Lunatic asylums Punjab 1881-1894 - 1881-1894
Year: 1881
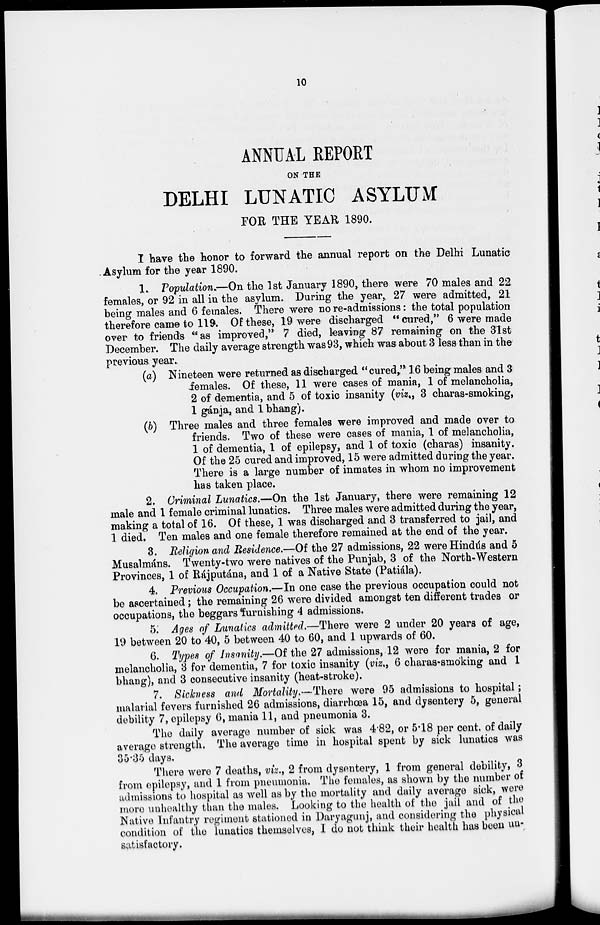
10
ANNUAL REPORT
ON THE
DELHI LUNATIC ASYLUM
FOR THE YEAR 1890.
I have the honor to forward the annual report on the Delhi Lunatic
Asylum for the year 1890.
1. Population.—On the 1st January 1890, there were 70 males and 22
females, or 92 in all in the asylum. During the year, 27 were admitted, 21
being males and 6 females. There were no re-admissions: the total population
therefore came to 119. Of these, 19 were discharged "cured," 6 were made
over to friends "as improved," 7 died, leaving 87 remaining on the 31st
December. The daily average strength was 93, which was about 3 less than in the
previous year.
(a) Nineteen were returned as discharged "cured," 16 being males and 3
females. Of these, 11 were cases of mania, 1 of melancholia,
2 of dementia, and 5 of toxic insanity (viz., 3 charas-smoking,
1 ganja, and 1 bhang).
(b) Three males and three females were improved and made over to
friends. Two of these were cases of mania, 1 of melancholia,
1 of dementia, 1 of epilepsy, and 1 of toxic (charas) insanity.
Of the 25 cured and improved, 15 were admitted during the year.
There is a large number of inmates in whom no improvement
has taken place.
2. Criminal Lunatics.—On the 1st January, there were remaining 12
male and 1 female criminal lunatics. Three males were admitted during the year,
making a total of 16. Of these, 1 was discharged and 3 transferred to jail, and
1 died. Ten males and one female therefore remained at the end of the year.
3. Religion and Residence.—Of the 27 admissions, 22 were Hindús and 5
Musalmáns. Twenty-two were natives of the Punjab, 3 of the North-Western
Provinces, 1 of Rájputána, and 1 of a Native State (Patiála).
4. Previous Occupation.—In one case the previous occupation could not
be ascertained; the remaining 26 were divided amongst ten different trades or
occupations, the beggars furnishing 4 admissions.
5. Ages of Lunatics admitted.—There were 2 under 20 years of age,
19 between 20 to 40, 5 between 40 to 60, and 1 upwards of 60.
6. Types of Insanity.—Of the 27 admissions, 12 were for mania, 2 for
melancholia, 3 for dementia, 7 for toxic insanity (viz., 6 charas-smoking and 1
bhang), and 3 consecutive insanity (heat-stroke).
7. Sickness and Mortality.—There were 95 admissions to hospital;
malarial fevers furnished 26 admissions, diarrhoea 15, and dysentery 5, general
debility 7, epilepsy 6, mania 11, and pneumonia 3.
The daily average number of sick was 4.82, or 5.18 per cent. of daily
average strength. The average time in hospital spent by sick lunatics was
35.35 days.
There were 7 deaths, viz., 2 from dysentery, 1 from general debility, 3
from epilepsy, and 1 from pneumonia. The females, as shown by the number of
admissions to hospital as well as by the mortality and daily average sick, were
more unhealthy than the males. Looking to the health of the jail and of the
Native Infantry regiment stationed in Daryagunj , and considering the physical
condition of the lunatics themselves, I do not think their health has been un-
satisfactory.